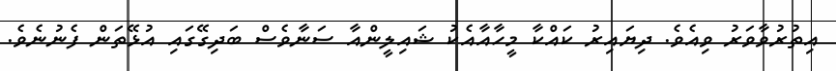
އިތުރުވާވަރު ވިއެވެ. ދިޔައިރު ކައްކާ މީހާއާއެކު ޝައިލީންއާ ސަނާވެސް ބަދިގޭގައި އުޅޭތަން ފެނުނެވެ.